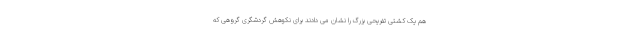
هم یک کشتی تفریحی بزرگ را نشان می دادند برای نکوهش گردشگری گروهی که